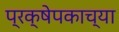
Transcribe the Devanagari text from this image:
प्रक्षेपकाच्या